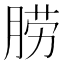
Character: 𦛨